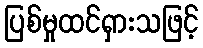
ပြစ်မှုထင်ရှားသဖြင့်